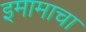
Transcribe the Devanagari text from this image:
इमामाचा